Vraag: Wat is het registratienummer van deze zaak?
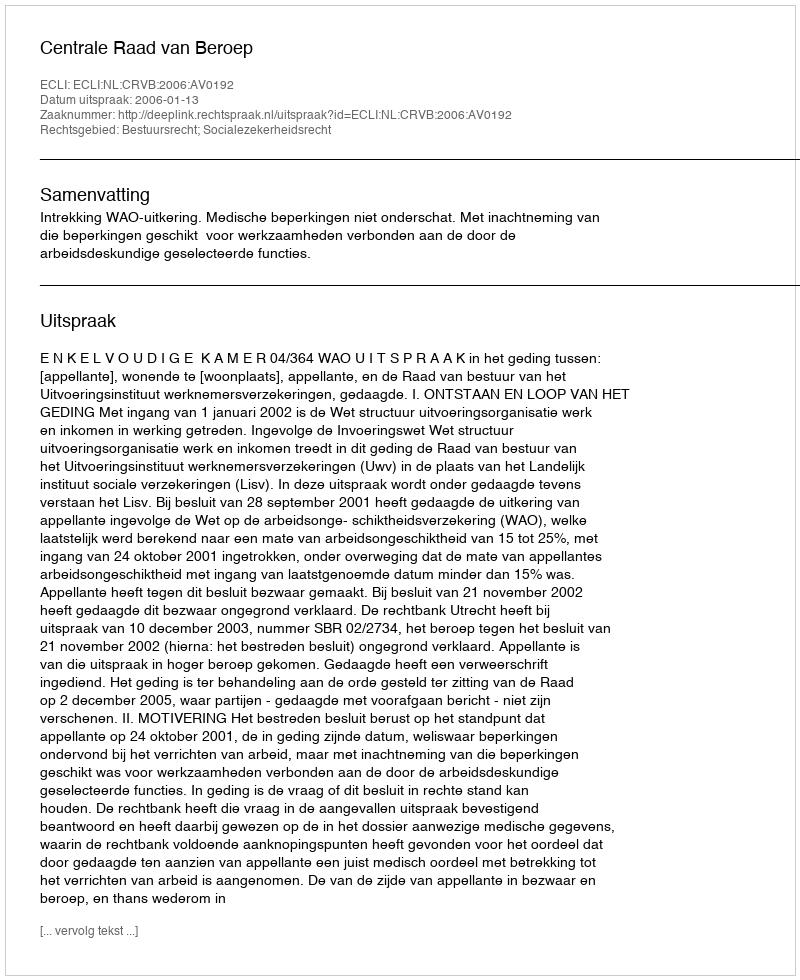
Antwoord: http://deeplink.rechtspraak.nl/uitspraak?id=ECLI:NL:CRVB:2006:AV0192